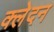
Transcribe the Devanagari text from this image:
क्‍लेदन